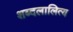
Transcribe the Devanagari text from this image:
शब्दलालित्य